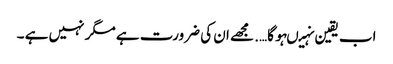
اب یقین نہیںہو گا…. مجھے ان کی ضرورت ہے مگر نہیں ہے ۔